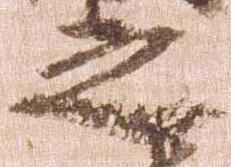
之